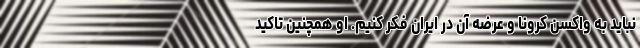
نباید به واکسن کرونا و عرضه آن در ایران فکر کنیم. او همچنین تاکید